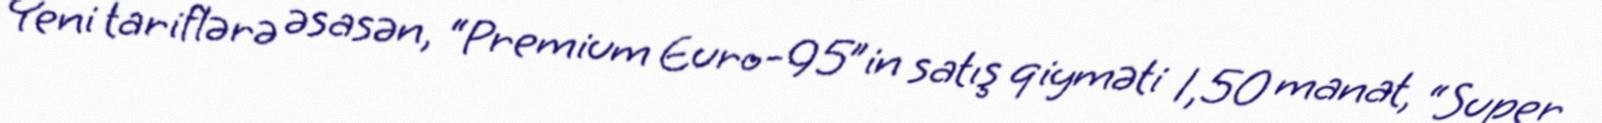
Yeni tariflərə əsasən, “Premium Euro-95”in satış qiyməti 1,50 manat, “Super